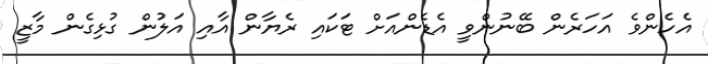
އެހެންވެ އަހަރެން ބޭނުންވީ އެޑެންއަށް ޓަކައި ރެޔާން އާއި އަލުން ގުޅިގެން މާޒީ